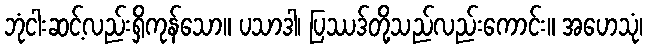
ဘုံငါးဆင့်လည်းရှိကုန်သော။ ပသာဒါ၊ ပြဿဒ်တို့သည်လည်းကောင်း။ အဟေသုံ၊